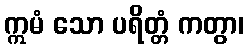
ဣမံ သော ပရိတ္တံ ကတွာ၊